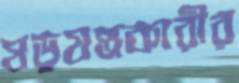
ষড়যন্ত্রকারীর